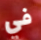
في